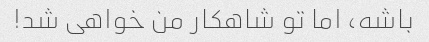
باشه، اما تو شاهکار من خواهی شد!